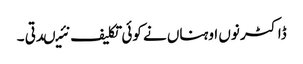
ڈاکٹر نوں اوہناں نے کوئی تکلیف نئیںدتی ۔